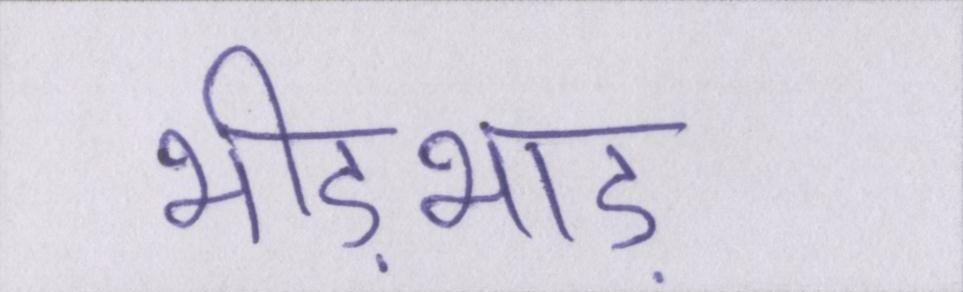
भीड़भाड़